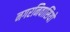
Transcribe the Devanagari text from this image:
नगरनिवासियों